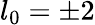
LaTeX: l_{0}=\pm 2